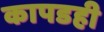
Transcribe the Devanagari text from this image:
कापडही